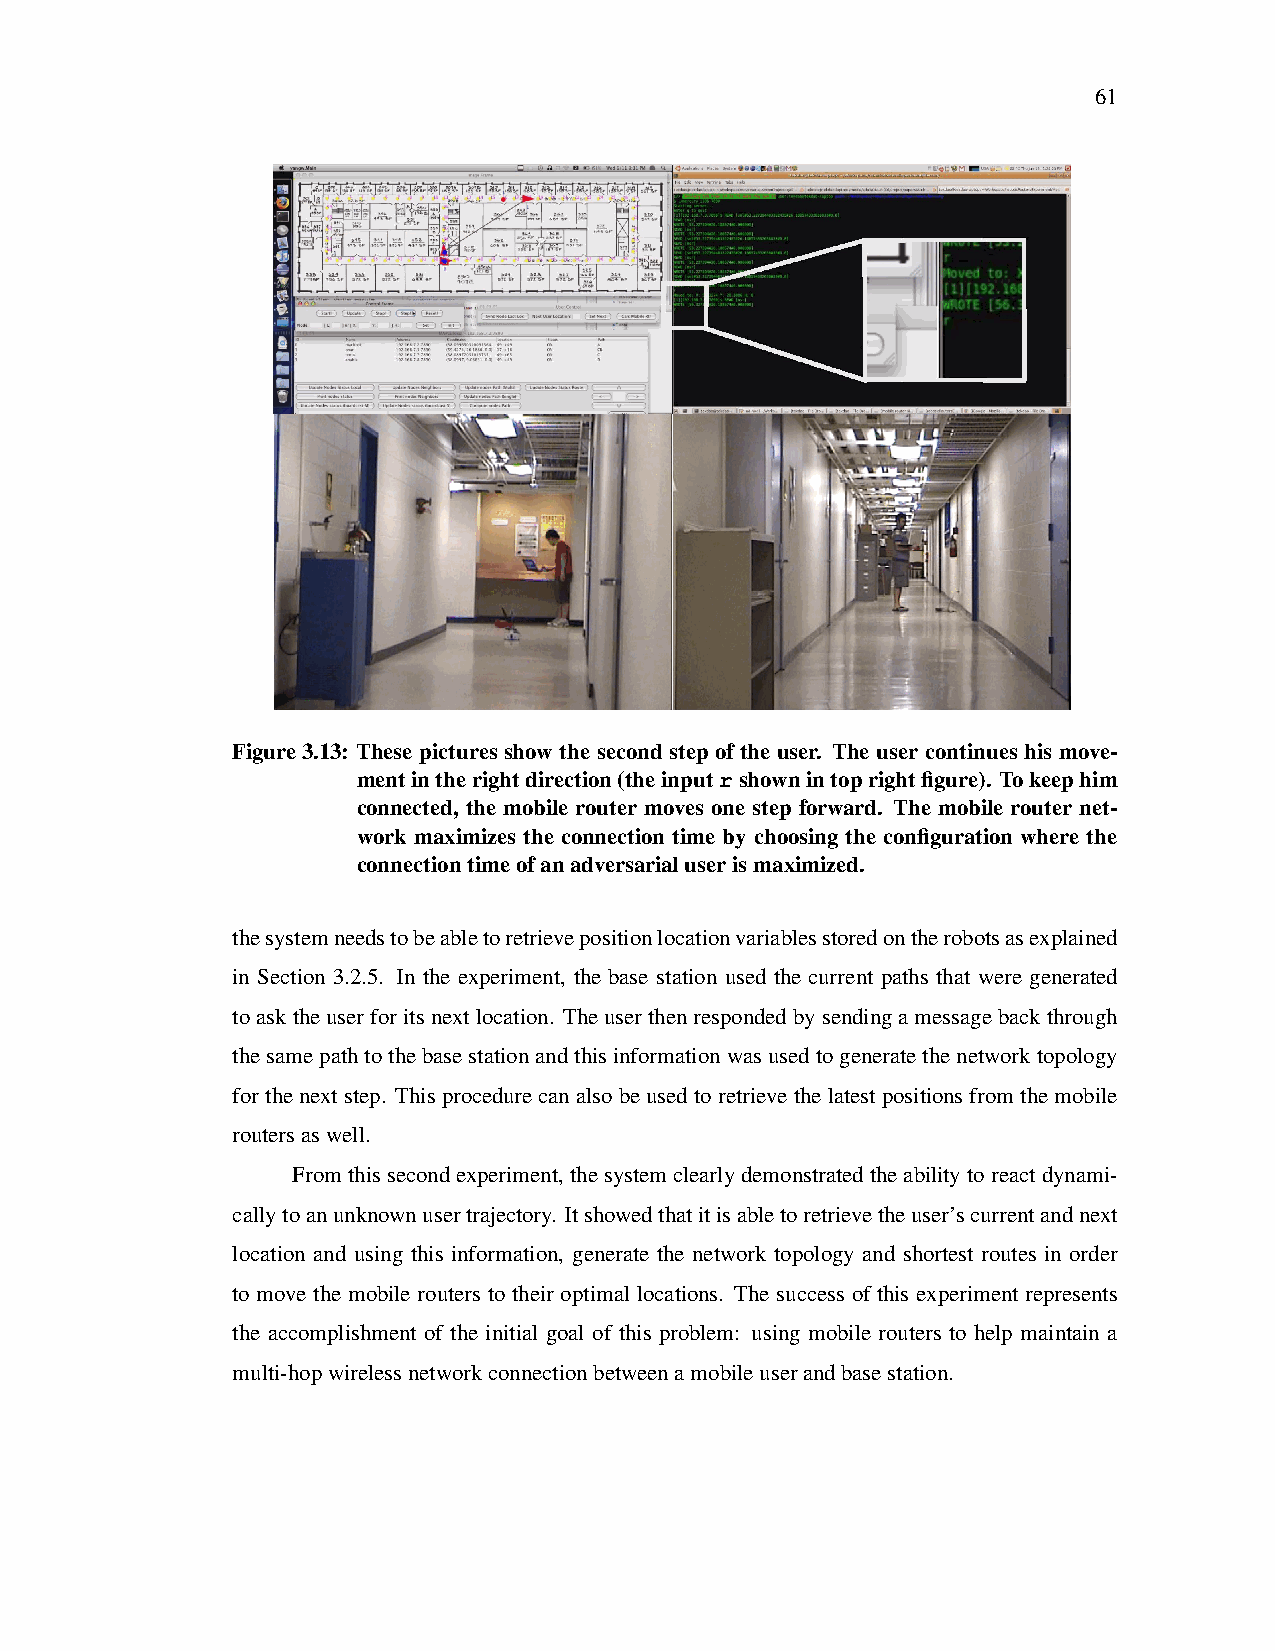
61
 Figure3.13: These pictures show the second step of the user. The user continues his move-
 mentintherightdirection(theinputrshownintoprightfigure). Tokeephim
 connected, the mobile router moves one step forward. The mobile router net-
 work maximizes the connection time by choosing the configuration where the
 connectiontimeofanadversarialuserismaximized.
 thesystemneedstobeabletoretrievepositionlocationvariablesstoredontherobotsasexplained
 in Section 3.2.5. In the experiment, the base station used the current paths that were generated
 toasktheuserforitsnextlocation. Theuserthenrespondedbysendingamessagebackthrough
 thesamepathtothebasestationandthisinformationwasusedtogeneratethenetworktopology
 forthenextstep. Thisprocedurecanalsobeusedtoretrievethelatestpositionsfromthemobile
 routersaswell.
 Fromthissecondexperiment,thesystemclearlydemonstratedtheabilitytoreactdynami-
 callytoanunknownusertrajectory. Itshowedthatitisabletoretrievetheuser’scurrentandnext
 location and using this information, generate the network topology and shortest routes in order
 to move the mobile routers to their optimal locations. The success of this experiment represents
 the accomplishment of the initial goal of this problem: using mobile routers to help maintain a
 multi-hopwirelessnetworkconnectionbetweenamobileuserandbasestation.